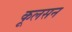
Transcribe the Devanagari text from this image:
कूलसन